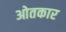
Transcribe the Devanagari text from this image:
ओतकार